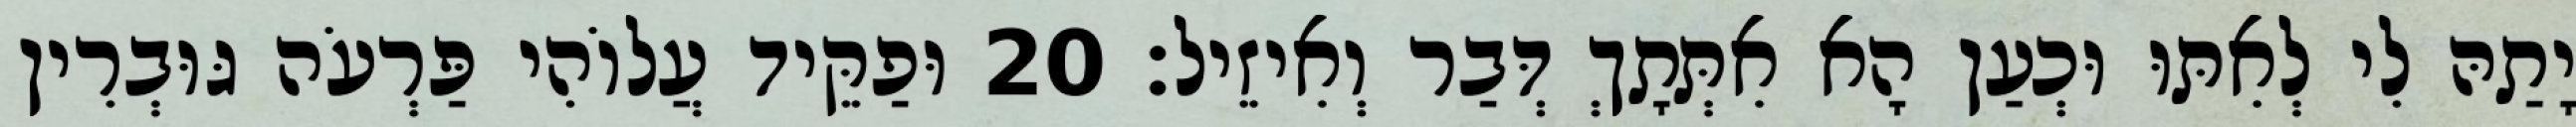
יָתַהּ לִי לְאִתּוּ וּכְעַן הָא אִתְּתָךְ דְּבַר וְאִיזֵיל׃ 20 וּפַקֵּיד עֲלוֹהִי פַּרְעֹה גּוּבְרִין